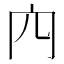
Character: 𠕉